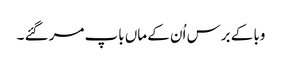
وبا کے برس اُن کے ماں باپ مر گئے ۔